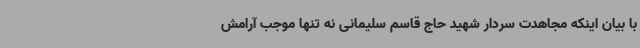
با بیان اینکه مجاهدت سردار شهید حاج قاسم سلیمانی نه تنها موجب آرامش